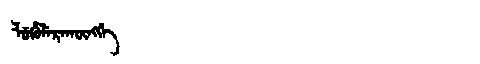
Manchu: ᠯᡠᡥᡠᠯᡝᡵᠠᡴᡡᠩᡤᡝ
Romanization: LUHULERAKŪNGGE